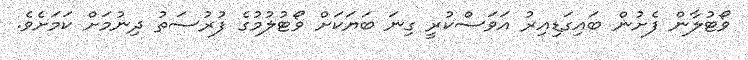
ވޯޓުލާން ފެށުން ބައިގަޑިއިރު އަވަސްކުރީ ގިނަ ބަޔަކަށް ވޯޓުލުމުގެ ފުރުސަތު ދިނުމަށް ކަމަށެވެ.